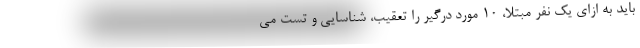
باید به ازای یک نفر مبتلا، ۱۰ مورد درگیر را تعقیب، شناسایی و تست می